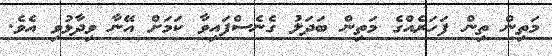
މަތިން ތިން ފަހަރެއްގެ މަތިން ބަދަލު ގެނެސްފައިވާ ކަމަށް އޭނާ ވިދާޅުވި އެވެ.